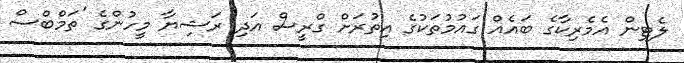
ލެޓިން އެމެރިކާގެ ބައެއް ގައުމުތަކުގެ އިތުރަށް ގްރީސް އަދި ރަޝިޔާ މީހުންގެ 'ތަމްބްސް